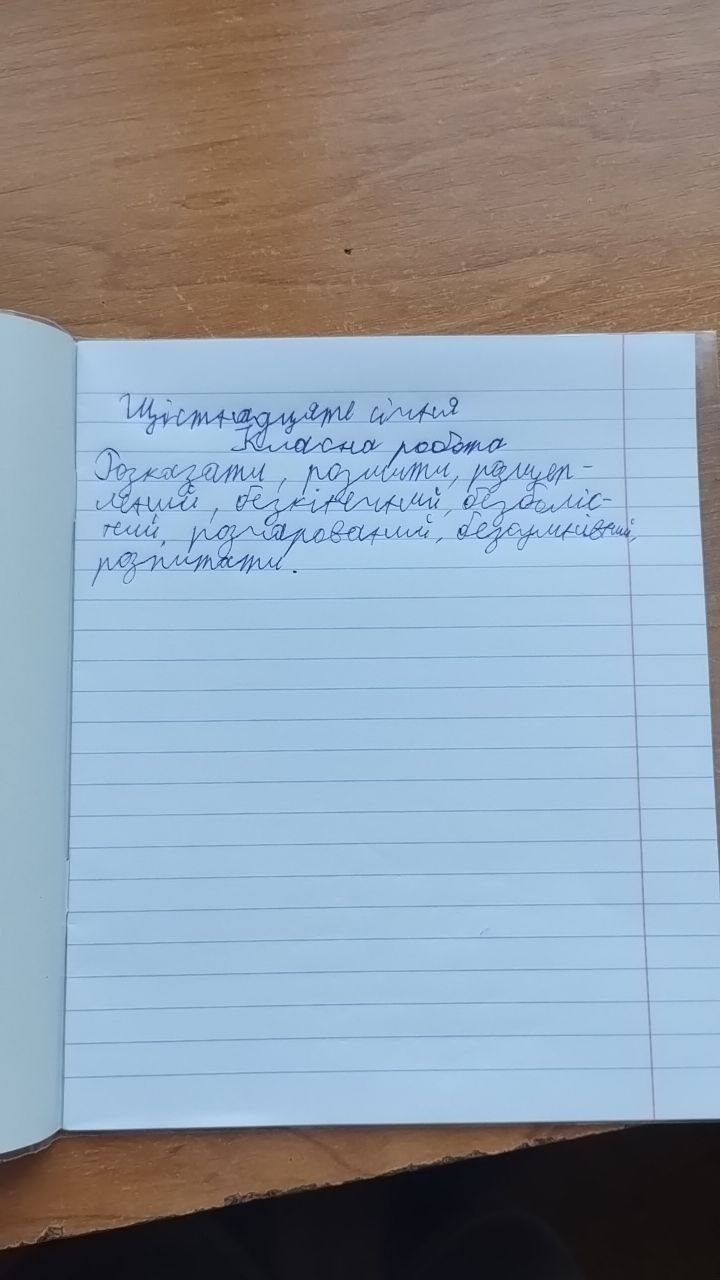
Щістнадцяте січня
Класна робота
Розказати, розмити, розщеп-
лений, безкінчний, безболіс-
ний, розчарований, безсумнівний,
розпитати.